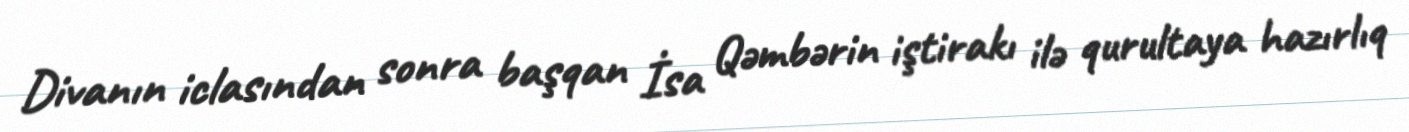
Divanın iclasından sonra başqan İsa Qəmbərin iştirakı ilə qurultaya hazırlıq